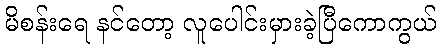
မိစန်းရေ နင်တော့ လူပေါင်းမှားခဲ့ပြီကောကွယ်